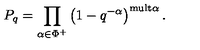
P _ { q } = \prod _ { \alpha \in \Phi ^ { + } } \left( 1 - q ^ { - \alpha } \right) ^ { \mathrm { m u l t } \alpha } .